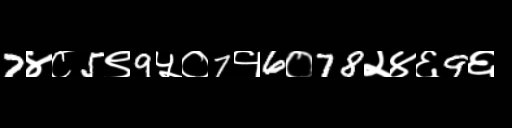
Text: 7४८5९9५०7१6०78२४६9६